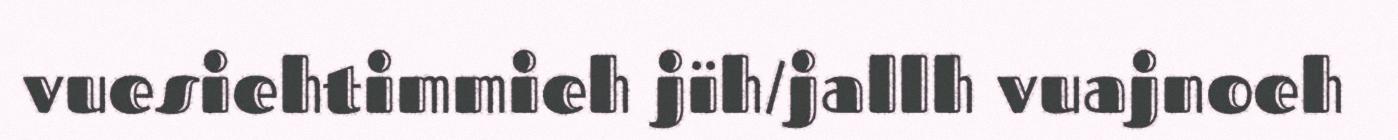
vuesiehtimmieh jïh/jallh vuajnoeh